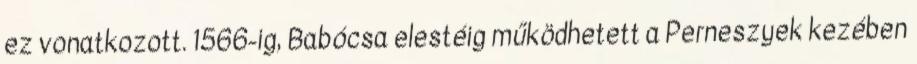
ez vonatkozott. 1566-ig, Babócsa elestéig működhetett a Perneszyek kezében